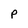
Character: P